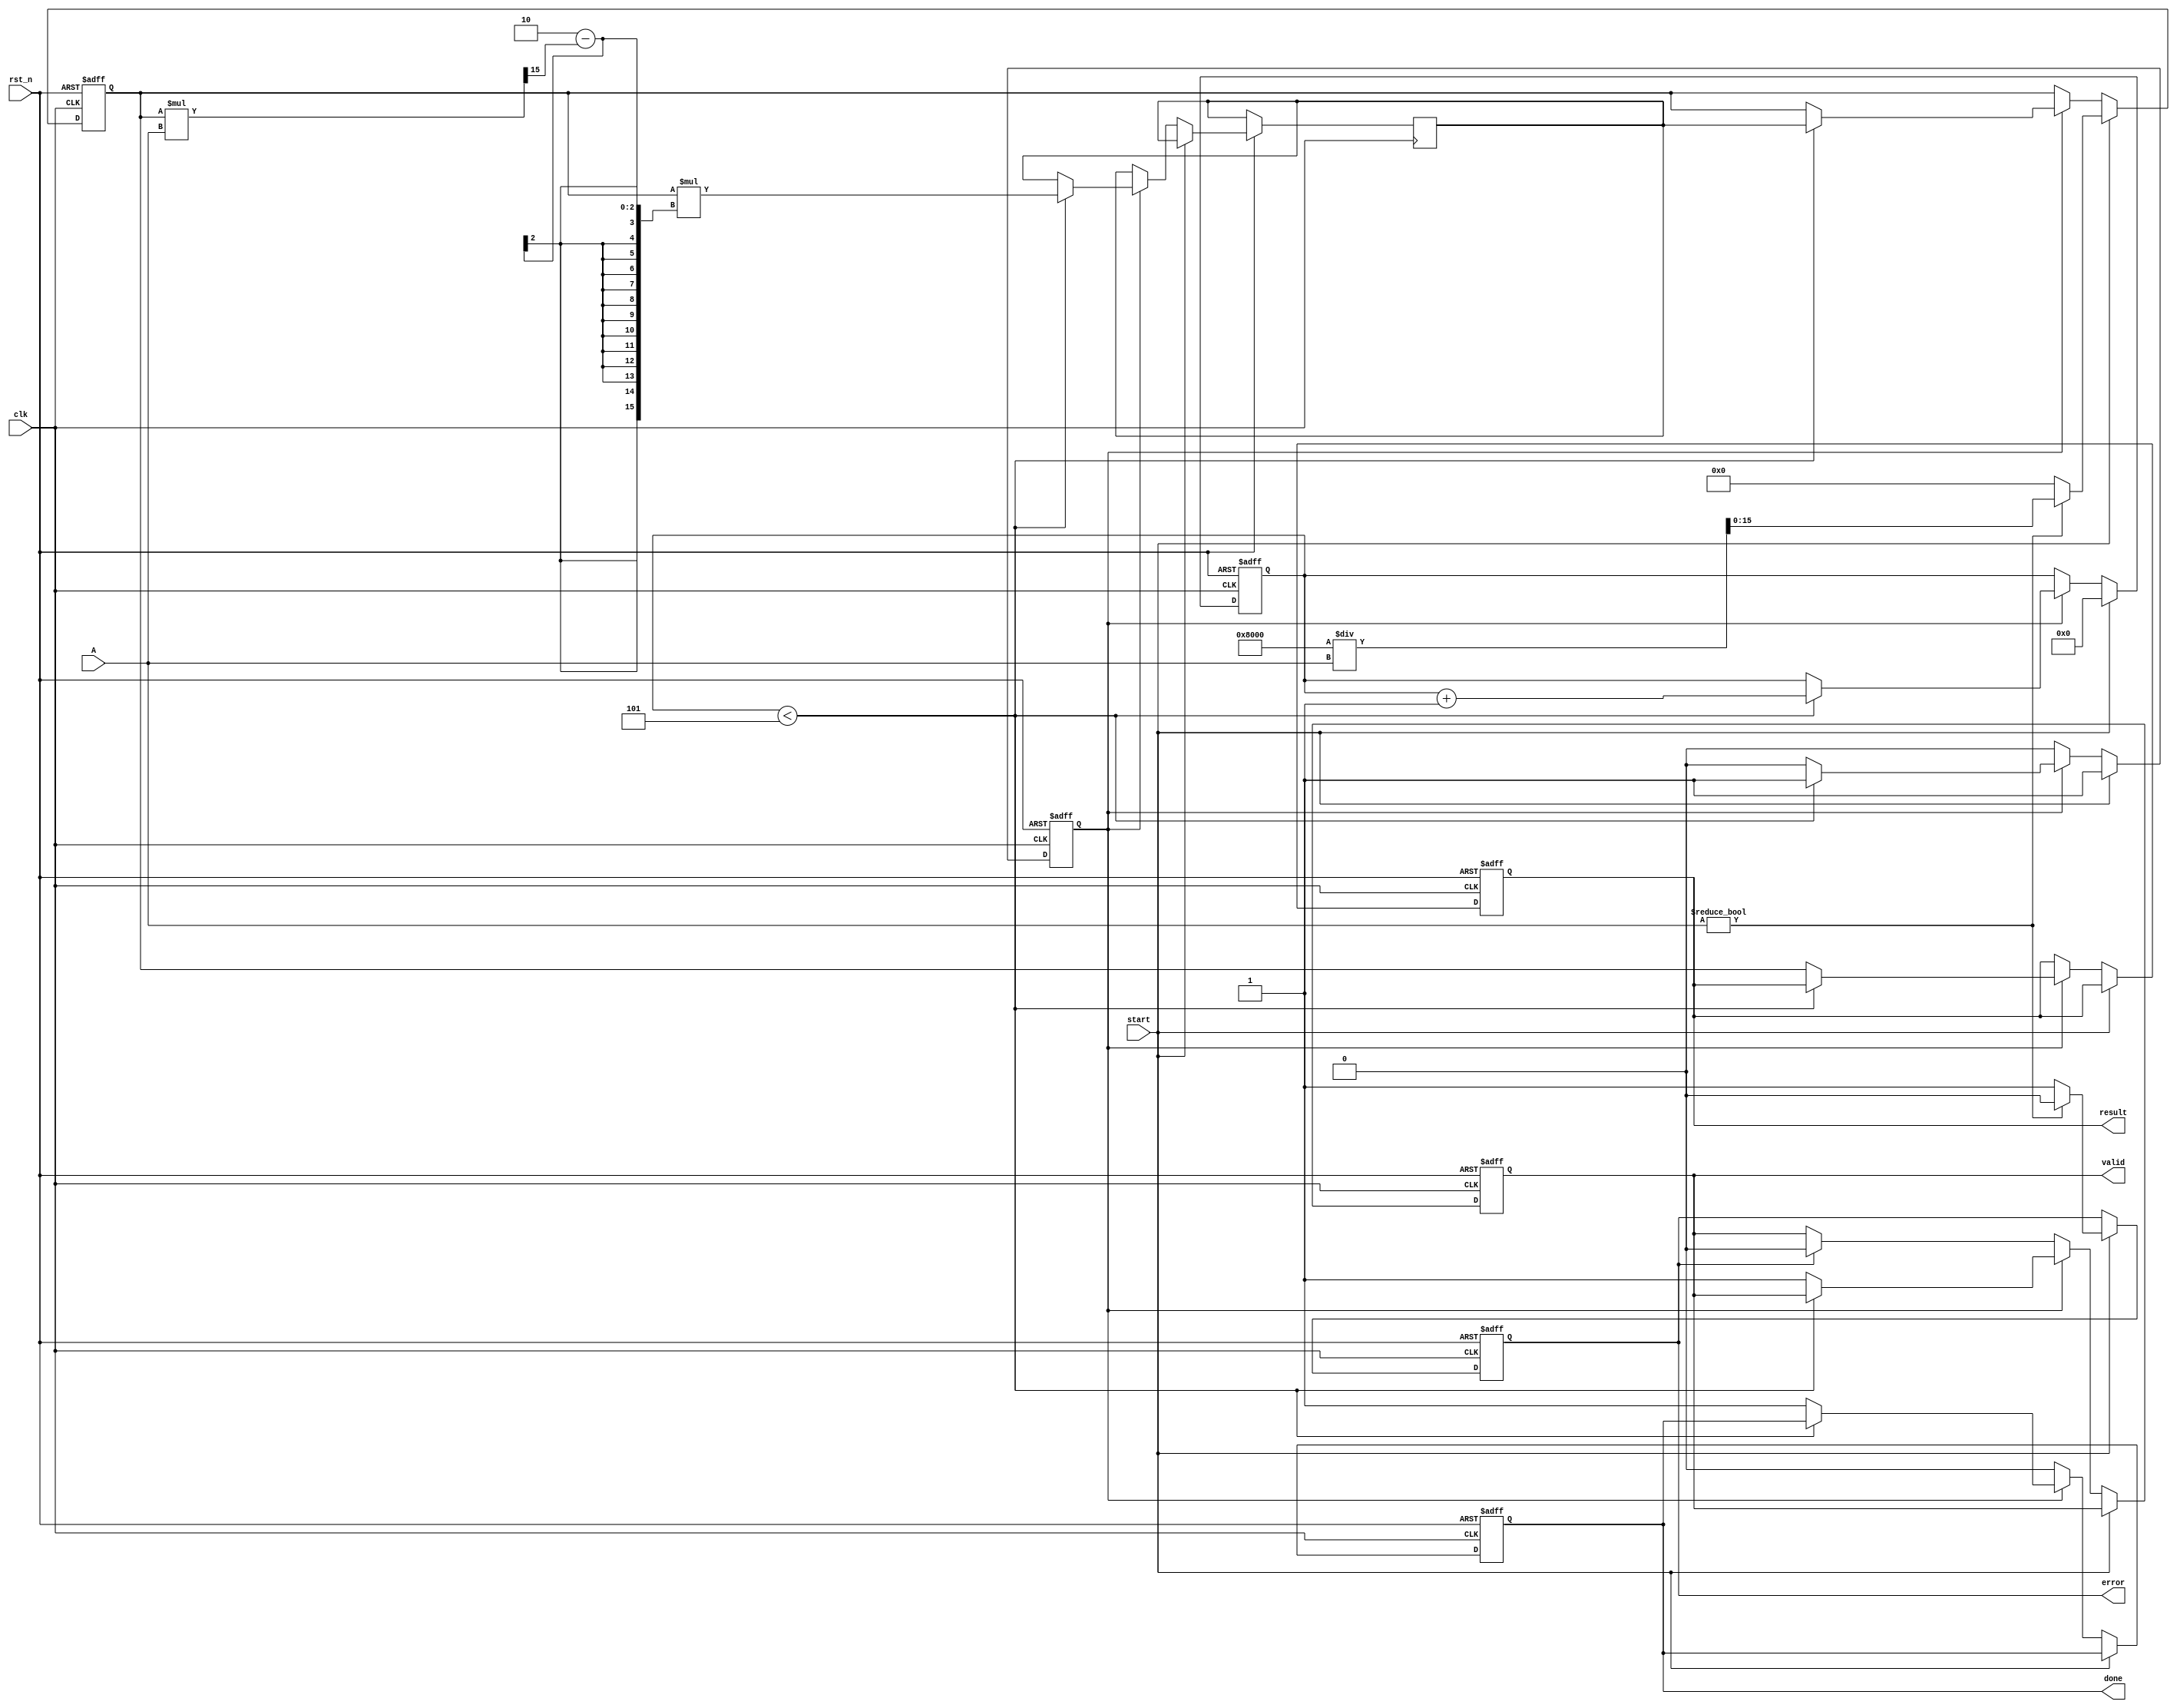
module IterativeReciprocal #(
    parameter INPUT_WIDTH = 16,      // Bit width of the input
    parameter OUTPUT_WIDTH = 16,     // Bit width of the output
    parameter NUM_ITERATIONS = 5      // Number of iterations for refinement
)(
    input  wire                clk,      // Clock input
    input  wire                rst_n,    // Active low reset
    input  wire [INPUT_WIDTH-1:0] A,    // Input value (fixed-point)
    input  wire                start,    // Start signal
    output reg [OUTPUT_WIDTH-1:0] result, // Computed reciprocal
    output reg                valid,     // Output valid signal
    output reg                done,      // Done signal
    output reg                error      // Error signal
);

// Internal signals
reg [OUTPUT_WIDTH-1:0] x_n;             // Current estimate of reciprocal
reg [OUTPUT_WIDTH-1:0] x_next;          // Next estimate of reciprocal
reg [4:0] iteration_count;               // Iteration counter
reg start_reg;                           // Registered start signal

always @(posedge clk or negedge rst_n) begin
    if (!rst_n) begin
        x_n <= {OUTPUT_WIDTH{1'b0}};
        iteration_count <= 0;
        result <= {OUTPUT_WIDTH{1'b0}};
        valid <= 1'b0;
        done <= 1'b0;
        error <= 1'b0;
        start_reg <= 1'b0;
    end else begin
        if (start) begin
            // Start the computation
            start_reg <= 1'b1;
            iteration_count <= 0;

            // Initial estimate (x0 = 2^(OUTPUT_WIDTH-1) / A, assuming A > 0)
            if (A != 0) begin
                x_n <= (1 << (OUTPUT_WIDTH - 1)) / A; // Initial guess
                error <= 1'b0;
            end else begin
                x_n <= {OUTPUT_WIDTH{1'b0}}; // Error case
                error <= 1'b1;
            end
        end else if (start_reg) begin
            // Compute next estimate
            if (iteration_count < NUM_ITERATIONS) begin
                x_next <= x_n * (2'b10 - (x_n * A >> (OUTPUT_WIDTH - 1))); // x_next = x_n * (2 - x_n * A)
                x_n <= x_next;
                iteration_count <= iteration_count + 1;
            end else begin
                // Finished iterations
                result <= x_n;
                valid <= 1'b1;
                done <= 1'b1;
                start_reg <= 1'b0;
            end
        end else begin
            valid <= (error) ? 1'b0 : valid; // Set valid only if no error
            done <= 1'b0; // Clear done signal if not starting
        end
    end
end

endmodule